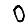
Digit: 0